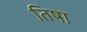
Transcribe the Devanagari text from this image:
तिषा